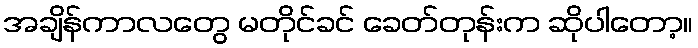
အချိန်ကာလတွေ မတိုင်ခင် ခေတ်တုန်းက ဆိုပါတော့။